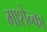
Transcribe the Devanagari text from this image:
माशेन्का